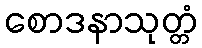
စောဒနာသုတ္တံ